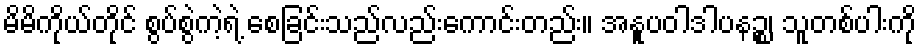
မိမိကိုယ်တိုင် စွပ်စွဲကဲ့ရဲ့ စေခြင်းသည်လည်းကောင်းတည်း။ အနူပဝါဒါပနဉ္စ၊ သူတစ်ပါးကို